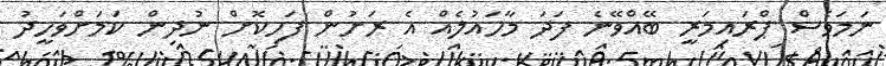
ނަމަވެސް ޕްރައިމަރީ ބޭއްވޭނެ ފަދަ މާހައުލެއް އެ ރަށުން ފަހިކޮށް ނުދިން ކަމަށްވަހީދު